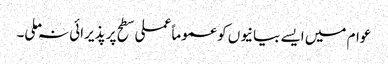
عوام میں ایسے بیانیوں کو عموما ًعملی سطح پر پذیرائی نہ ملی۔